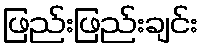
ဖြည်းဖြည်းချင်း